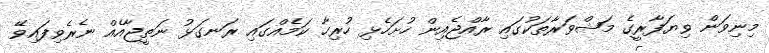
މިނިވަން ވިޔަފާރީގެ މަޝްވަރާތަކުގައި ރާއްޖެއިން ހުށަހެޅި ހުރިހާ ކަމެއްގައި ރަނގަޅު ނަތީޖާއެއް ނެރެވިފައިވޭ